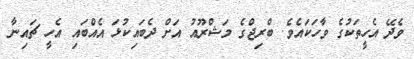
ވެދޭ އެހީތަކުގެ ވާހަކައެވެ. ބްރިޖްގެ މަޝްރޫއު އަށް ދެބައިކުޅަ އެއްބައި އެހީ ޗައިނާ